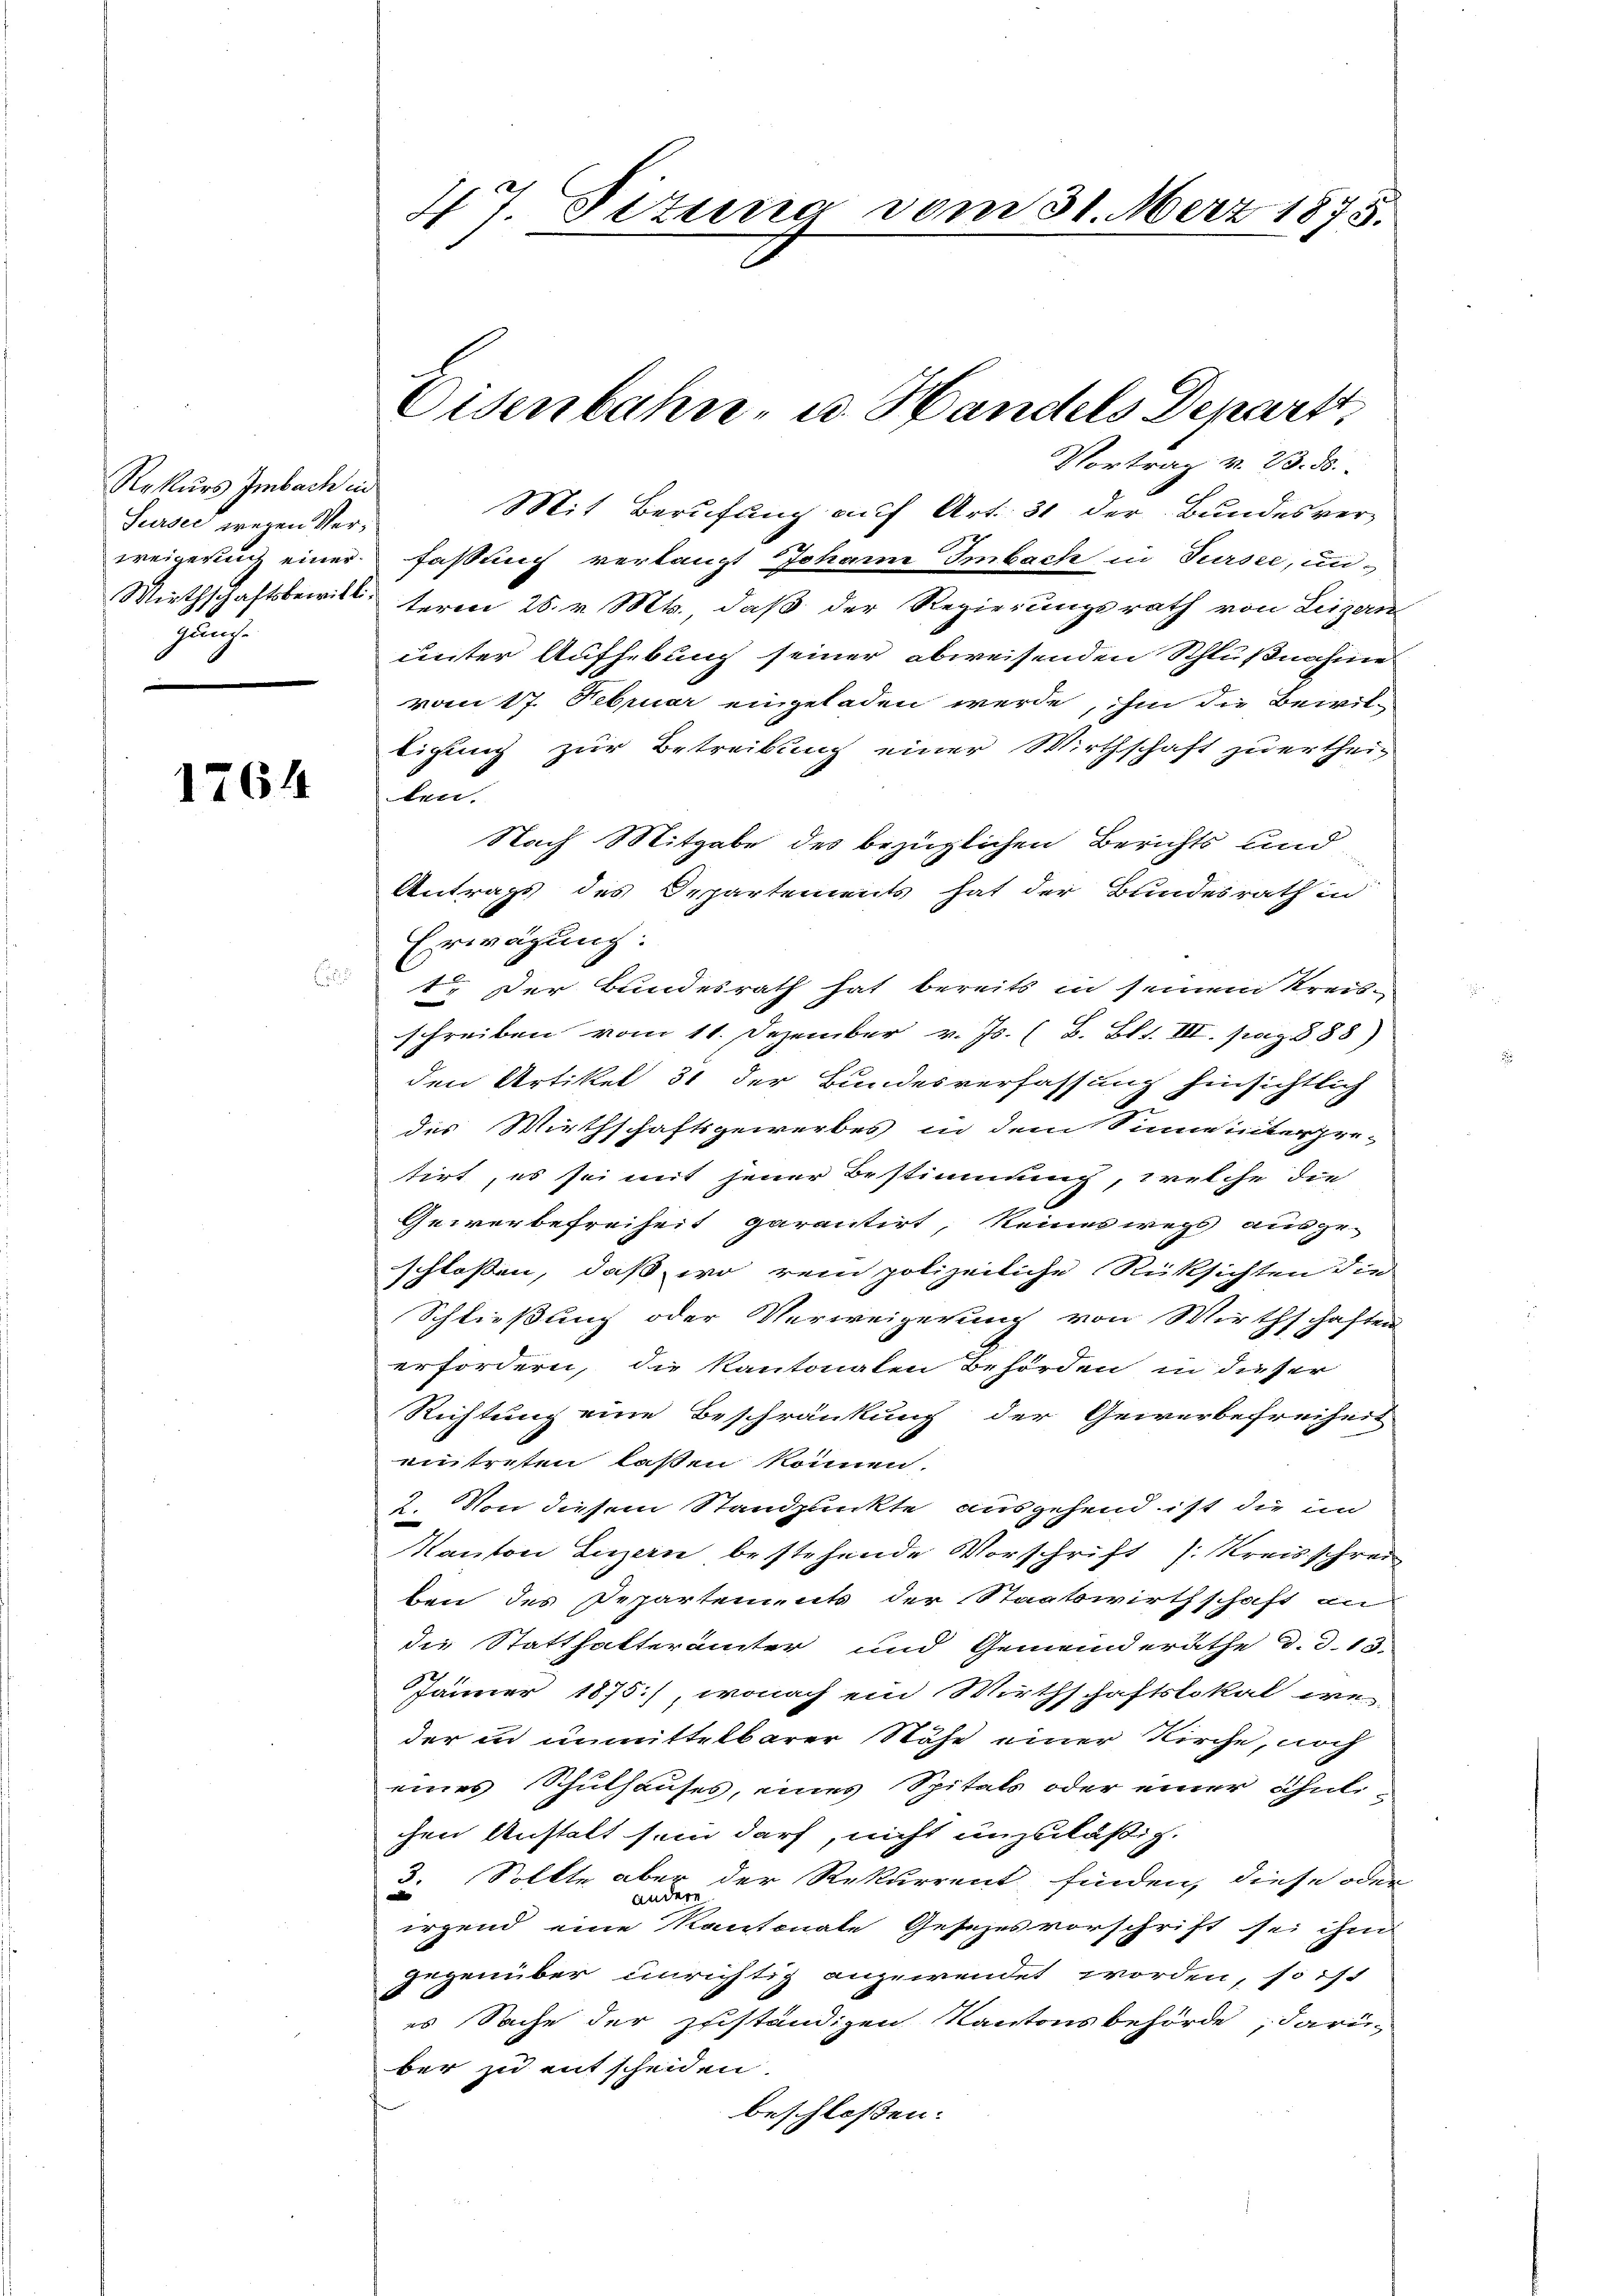
Rekurs Imbach in
Sursee wegen Verzung

1764

f

Vortrag v. 23. d.
Mit Berufung auf Art. 31 der Bundesver-
weigeruch einer fassung verlangt Johann Imbach in Sursee, un
Wirthschaftsbewill term 25. v. Mts., daß der Regierungsrath von Luzern
unter Aufhebung seiner abweisenden Schlußnahme
vom 17. Februar eingeladen werde, ihm die Bewilligung zur Betreibung einer Wirthschaft zu ertheilen.
Nach Mitgabe des bezüglichen Berichts und
Antrags des Departements hat der Bundesrath in
Erwägung.
1. Der Bundesrath hat bereits in seinem Kreisschreiben vom 11. Dezember v. Js. (B. Bl. III. pag. 888)
den Artikel 31 der Bundesverfassung hinsichtlich
des Wirthschaftsgewerbes in dem Sinne interzei-
tirt, es sei mit jener Bestimmung, welche die
Gewerbefreiheit garantirt, keines wegs ausgeschlossen, daß wo rein polizeiliche Rücksichten die
Schließung oder Verweigerung von Wirthschaften
erfordern, die Kantonalen Behörden in dieser
Richtung eine Beschränkung der Gewerbefreiheit
eintreten laßen können.
2. Von diesem Standpunkte ausgehend ist die im
Kanton Luzern bestehende Vorschrift /: Kreisschrei
ben des Departements der Staatswirthschaft an
die Statthalterämter und Gemeinderäthe d. d. 13
Jänner 1875), wonach ein Wirthschaftslokal weder in unmittelbarer Nähe einer Kirche, noch
eines Schulhauses, eines Spitals oder einer Schulichen Anstalt sein darf, nicht unzuläßig.
3. Sollte aber der Rekurrent finden, diese oder
andere
irgend eine Kantonale Gesezesvorschrift sei ihm
gegenüber unrichtig anzuwendet worden, so ist
es Sache der zuständigen Kantonsbehörde, darüber zu entscheiden.
beschlossen:

47. Titung vom 31. Merz 1875.

Eisenbahn- u. Handels Departt